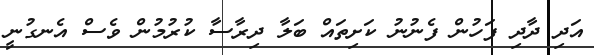
އަދި ދާދި ފަހުން ފެނުނު ކަށިތައް ބަލާ ދިރާސާ ކުރުމުން ވެސް އެނގުނީ